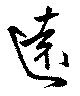
遠